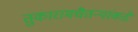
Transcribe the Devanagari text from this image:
तुकारामचैतन्यांकडे